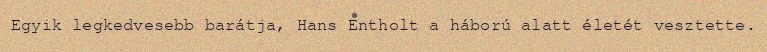
Egyik legkedvesebb barátja, Hans Entholt a háború alatt életét vesztette.